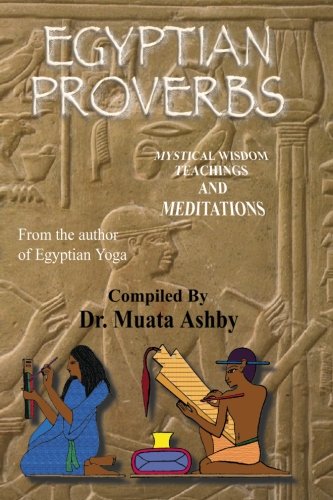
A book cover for Egyptian Proverbs (Tem T Tchaas); Muata Ashby; Literature & Fiction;